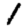
Digit: 1